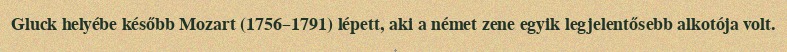
Gluck helyébe később Mozart (1756–1791) lépett, aki a német zene egyik legjelentősebb alkotója volt.